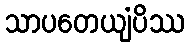
သာပတေယျံပိဿ